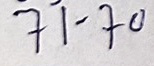
71 - 70